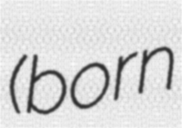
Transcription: (born